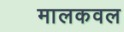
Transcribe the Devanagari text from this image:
मालकवल